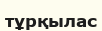
тұрқылас